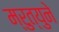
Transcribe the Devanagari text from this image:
म्रुत्युने